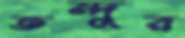
তন্দুর